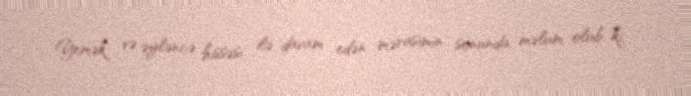
Yemək və əyləncə hissəsi ilə davam edən mərasimin sonunda məlum olub ki,